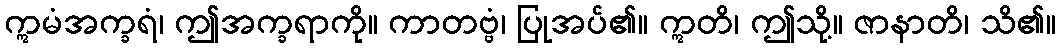
ဣမံအက္ခရံ၊ ဤအက္ခရာကို။ ကာတဗ္ဗံ၊ ပြုအပ်၏။ ဣတိ၊ ဤသို့။ ဇာနာတိ၊ သိ၏။